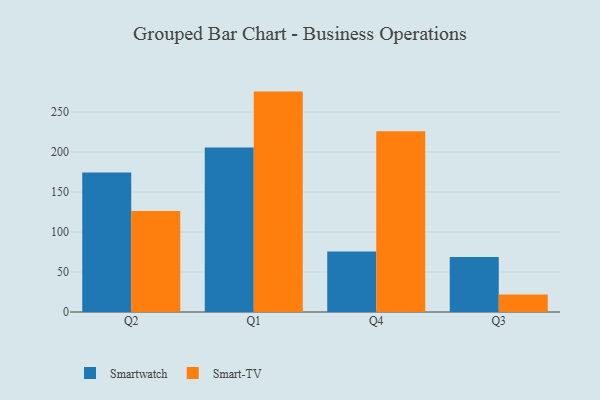
{"axis": {"x": "Quarter", "y": "Budget (USD K)"}, "legend": ["Smart-TV", "Smartwatch"], "data": [{"x": "Q2", "y": 174.5, "type": "Smartwatch"}, {"x": "Q2", "y": 126.3, "type": "Smart-TV"}, {"x": "Q1", "y": 205.6, "type": "Smartwatch"}, {"x": "Q1", "y": 275.6, "type": "Smart-TV"}, {"x": "Q4", "y": 75.5, "type": "Smartwatch"}, {"x": "Q4", "y": 226.0, "type": "Smart-TV"}, {"x": "Q3", "y": 68.7, "type": "Smartwatch"}, {"x": "Q3", "y": 21.8, "type": "Smart-TV"}]}